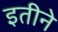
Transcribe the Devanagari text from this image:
इतीने